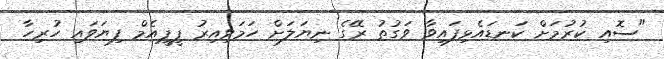
"ސޮއި ކުރުމަށް ކަނޑައެޅިފައިވާ ވަގުތު ރޭގެ ނިޔަލަށް ހަމަވިއިރު ޕީޕީއެމް ފިޔަވައި ހުރިހާ